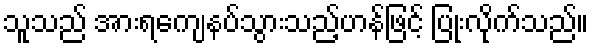
သူသည် အားရကျေနပ်သွားသည့်ဟန်ဖြင့် ပြုံးလိုက်သည်။